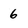
Character: 6